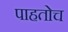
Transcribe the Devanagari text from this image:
पाहतोच